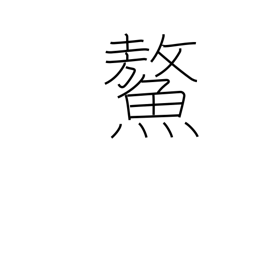
Meaning: huge sea turtle